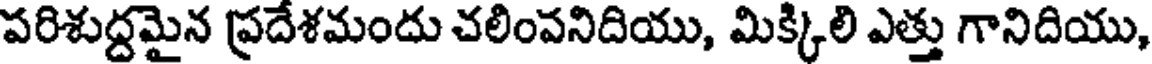
పరిశుద్దమైన ప్రదేశమందు చలింవనిదియు, మిక్కిలి ఎత్తు గానిదియు,